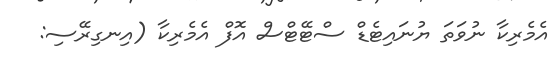
އެމެރިކާ ނުވަތަ ޔުނައިޓެޑް ސްޓޭޓްސް އޮފް އެމެރިކާ (އިނގިރޭސި: